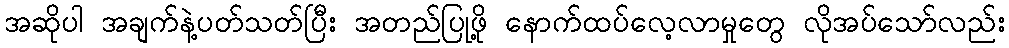
အဆိုပါ အချက်နဲ့ပတ်သတ်ပြီး အတည်ပြုဖို့ နောက်ထပ်လေ့လာမှုတွေ လိုအပ်သော်လည်း